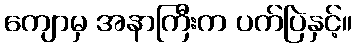
ကျောမှ အနာကြီးက ပက်ပြဲနှင့်။